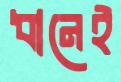
ধানেই